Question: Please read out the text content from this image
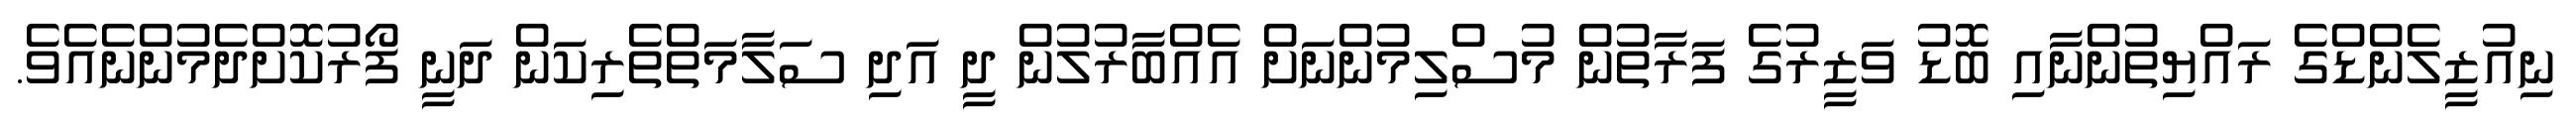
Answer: ނިއުޒީލެންޑްގެ ރައްޔިތުންނާއި ބޮޑު ވަޒީރުގެ ފަރާތުން މުސްލިމުންނަށް އެއްބާރުލުން ދީ އަދި ސަލާމަތްތެރިކަން ދަނީ ފޯރުކޮށްދެމުންނެއެވެ.